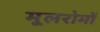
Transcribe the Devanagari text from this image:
मूलरोमों